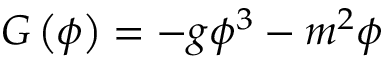
G \left( \phi \right) = - g \phi ^ { 3 } - m ^ { 2 } \phi